Tezpur Lunatic Asylum reports 1895-1904 - 1895-1904
Year: 1895
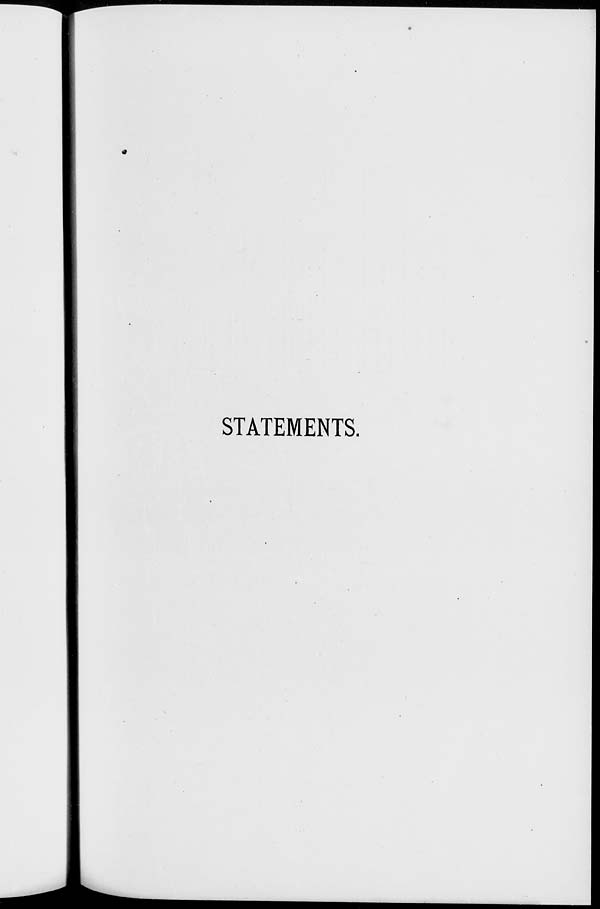
STATEMENTS.